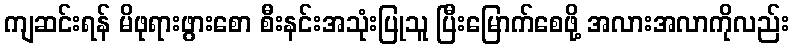
ကျဆင်းရန် မိဖုရားဖွားစော စီးနင်းအသုံးပြုသူ ပြီးမြောက်စေဖို့ အလားအလာကိုလည်း